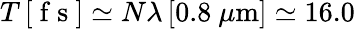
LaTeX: T\, [\mathrm{~f~s~}]\simeq N\lambda\, [0.8~\mu\mathrm{m}]\simeq 16.0